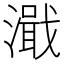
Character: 濈